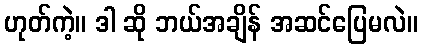
ဟုတ်ကဲ့။ ဒါ ဆို ဘယ်အချိန် အဆင်ပြေမလဲ။